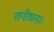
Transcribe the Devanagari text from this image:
तपोधनाः